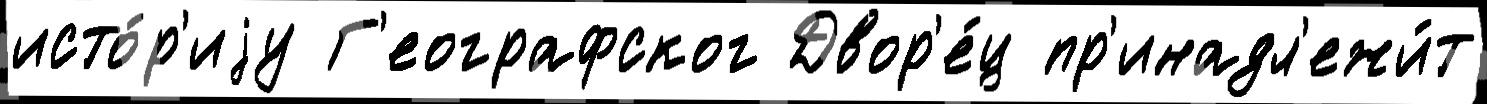
исто́р'иjу Г'еографског Двор'е́ц пр'инадл'ежи́т